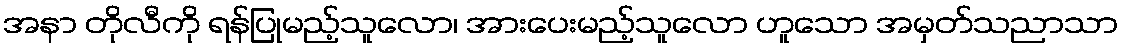
အနာ တိုလီကို ရန်ပြုမည့်သူလော၊ အားပေးမည့်သူလော ဟူသော အမှတ်သညာသာ